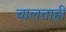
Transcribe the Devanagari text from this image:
चालताही